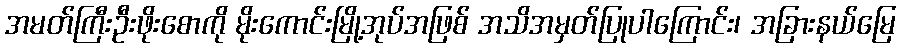
အမတ်ကြီးဦးဖိုးစောကို မိုးကောင်းမြို့အုပ်အဖြစ် အသိအမှတ်ပြုပါကြောင်း၊ အခြားနယ်မြေ